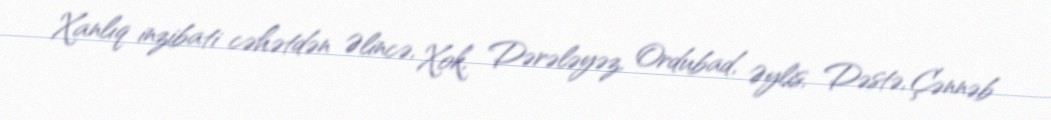
Xanlıq inzibati cəhətdən Əlincə, Xok, Dərələyəz, Ordubad, Əylis, Dəstə, Çənnəb